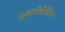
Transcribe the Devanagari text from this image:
एक्टोवेजिन